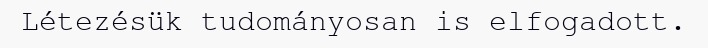
Létezésük tudományosan is elfogadott.